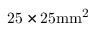
\mathrm { 2 5 \times 2 5 m m ^ { 2 } }